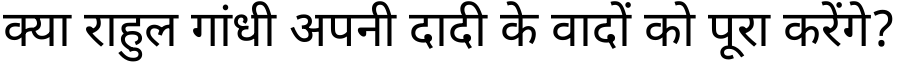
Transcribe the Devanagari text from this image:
क्या राहुल गांधी अपनी दादी के वादों को पूरा करेंगे?